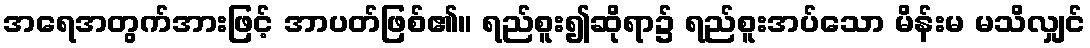
အရေအတွက်အားဖြင့် အာပတ်ဖြစ်၏။ ရည်စူး၍ဆိုရာ၌ ရည်စူးအပ်သော မိန်းမ မသိလျှင်